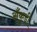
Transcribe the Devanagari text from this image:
अँकुड़ी